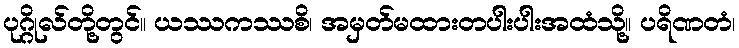
ပုဂ္ဂိုလ်တို့တွင်။ ယဿကဿစိ၊ အမှတ်မထားတပါးပါးအထံသို့။ ပရိဏတံ၊